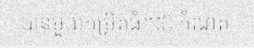
បានមួយកម្រិតធំ។៥) កំណត់